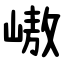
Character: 㠂